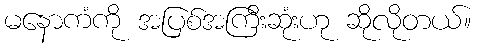
မနောကံကို အပြစ်အကြီးဆုံးဟု ဆိုလိုတယ်။